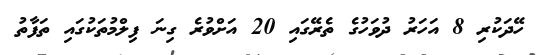
ހޭދަކުރި 8 އަހަރު ދުވަހުގެ ތެރޭގައި 20 އަށްވުރެ ގިނަ ފިލްމުތަކުގައި ތަފާތު